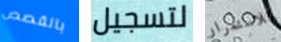
بالقصص لتسجيل للاستمرار